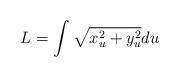
LaTeX: \begin{align*}L=\int \sqrt{x_{u}^{2}+y_{u}^{2}}du\end{align*}